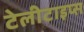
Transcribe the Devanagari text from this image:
टेलीटाइप्स